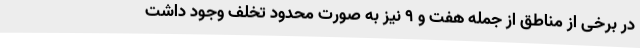
در برخی از مناطق از جمله هفت و ۹ نیز به صورت محدود تخلف وجود داشت